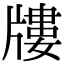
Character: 𤗬